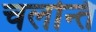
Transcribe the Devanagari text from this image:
चलन्ति